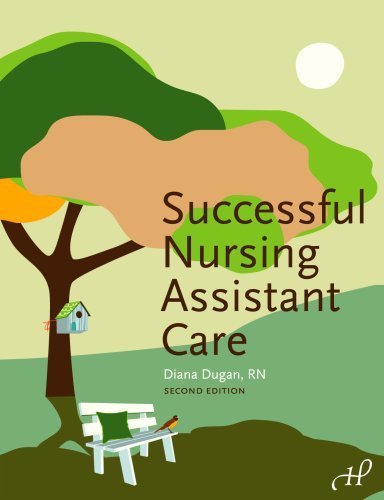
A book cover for By Diana Dugan RN: Successful Nursing Assistant Care Second (2nd) Edition; Inc.- -Hartman Publishing; Medical Books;